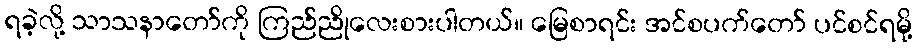
ရခဲ့လို့ သာသနာတော်ကို ကြည်ညိုလေးစားပါတယ်။ မြေစာရင်း အင်စပက်တော် ပင်စင်ရမို့